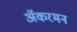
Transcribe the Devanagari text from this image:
अॅकरमन